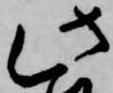
此